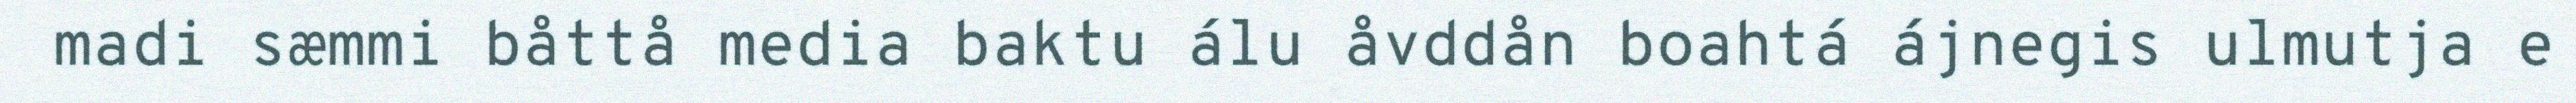
madi sæmmi båttå media baktu álu åvddån boahtá ájnegis ulmutja e